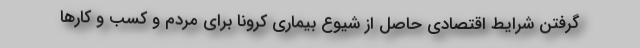
گرفتن شرایط اقتصادی حاصل از شیوع بیماری کرونا برای مردم و کسب و کارها